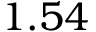
1 . 5 4